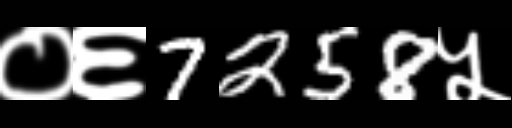
Text: ०६7258५